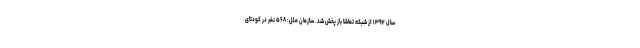
سال ۱۳۹۲ از شبکه تماشا باز پخش شد. سازمان‌ ملل: ۵۶۸ نفر در کودتای